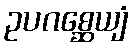
ဥပဂစ္ဆေယျံ